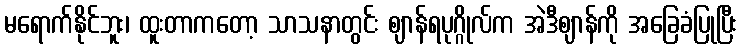
မရောက်နိုင်ဘူး၊ ထူးတာကတော့ သာသနာတွင်း ဈာန်ရပုဂ္ဂိုလ်က အဲဒီဈာန်ကို အခြေခံပြုပြီး